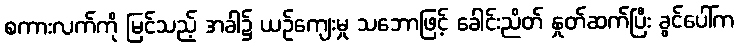
စကားလက်ကို မြင်သည့် အခါ၌ ယဉ်ကျေးမှု သဘောဖြင့် ခေါင်းညိတ် နှုတ်ဆက်ပြီး ခွင်ပေါ်က